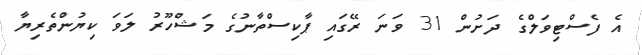
އެ ފެސްޓިވަލްގެ ދަށުން 31 ވަނަ ރޭގައި ޕާކިސްތާނުގެ މަޝްހޫރު ލަވަ ކިޔުންތެރިޔާ